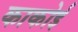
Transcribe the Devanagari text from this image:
काकोई